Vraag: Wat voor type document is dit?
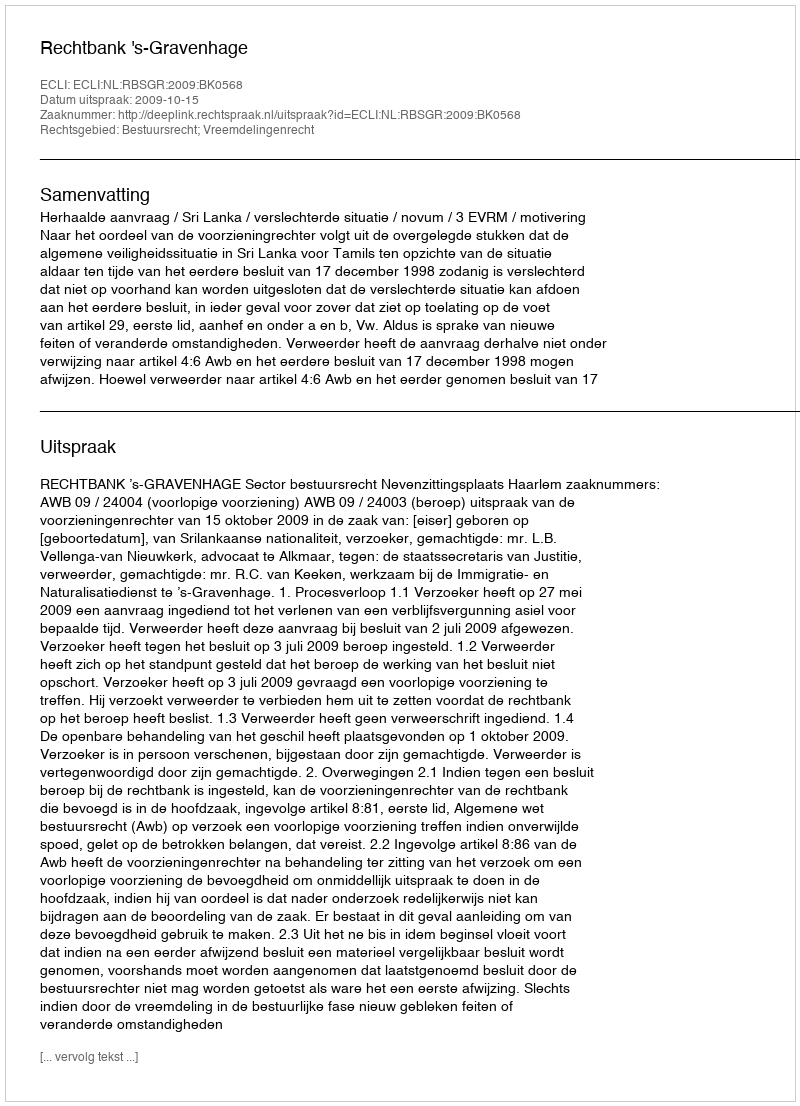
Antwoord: Uitspraak